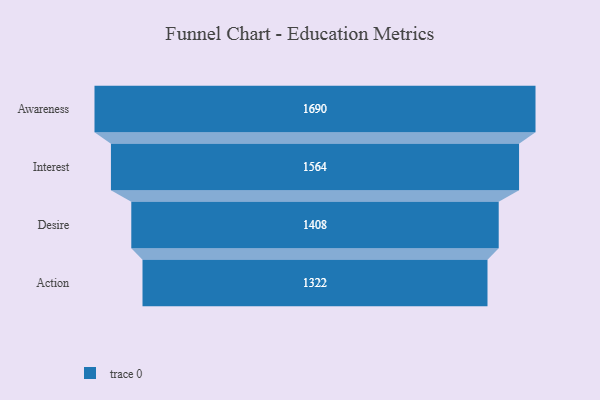
{"axis": {"x": "Stage", "y": "Value"}, "legend": [""], "data": [{"x": "Awareness", "y": 1690.0, "type": ""}, {"x": "Interest", "y": 1564.0, "type": ""}, {"x": "Desire", "y": 1408.0, "type": ""}, {"x": "Action", "y": 1322.0, "type": ""}]}